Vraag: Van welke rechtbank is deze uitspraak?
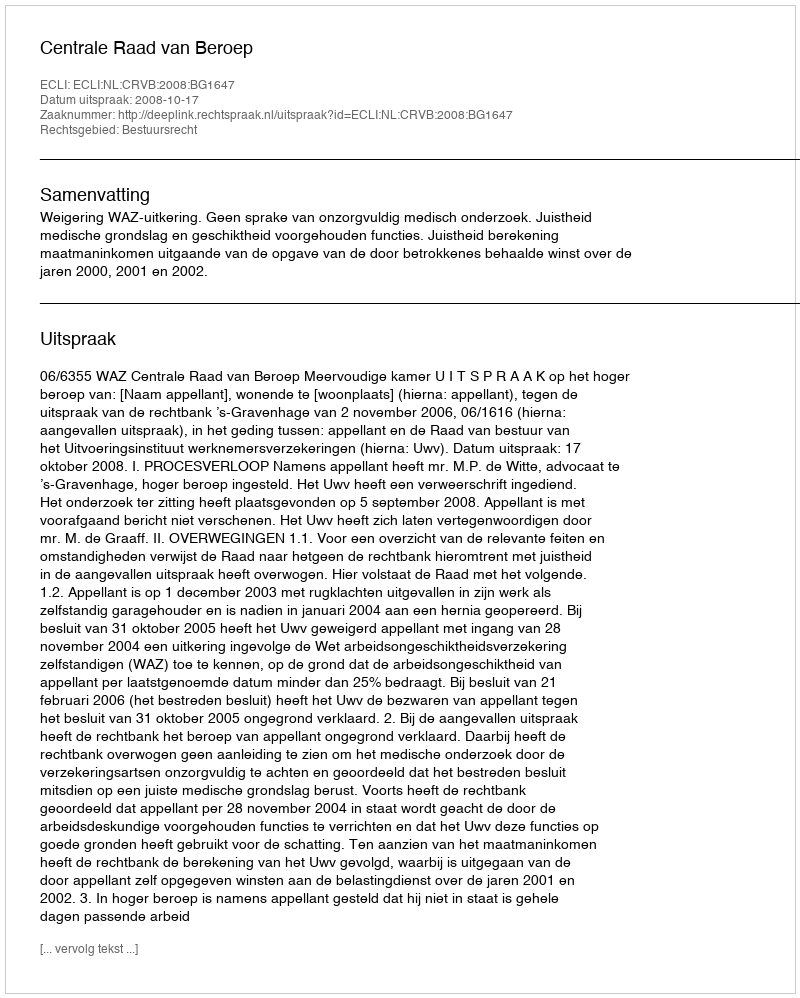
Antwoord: Centrale Raad van Beroep